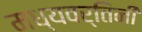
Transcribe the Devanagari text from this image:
मध्यवर्तिनी